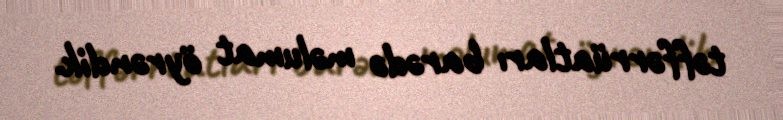
təffərrüatları barədə məlumat öyrəndik.